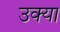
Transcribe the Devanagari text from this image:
उक्या